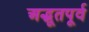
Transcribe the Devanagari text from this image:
अद्भूतपूर्व